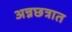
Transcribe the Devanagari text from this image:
अन्नछत्रात